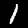
Digit: 1